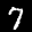
Label: 7